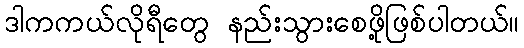
ဒါကကယ်လိုရီတွေ နည်းသွားစေဖို့ဖြစ်ပါတယ်။